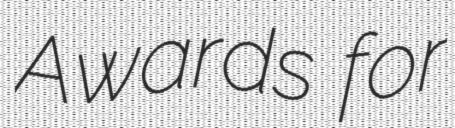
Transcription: Awards for